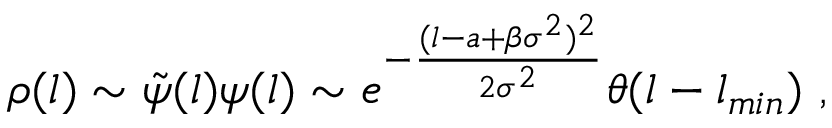
\rho ( l ) \sim \tilde { \psi } ( l ) \psi ( l ) \sim e ^ { - \frac { ( l - a + \beta \sigma ^ { 2 } ) ^ { 2 } } { 2 \sigma ^ { 2 } } } \theta ( l - l _ { m i n } ) \ ,